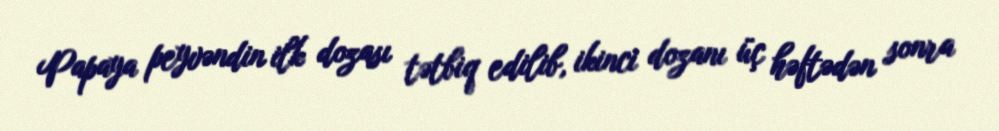
Papaya peyvəndin ilk dozası tətbiq edilib, ikinci dozanı üç həftədən sonra